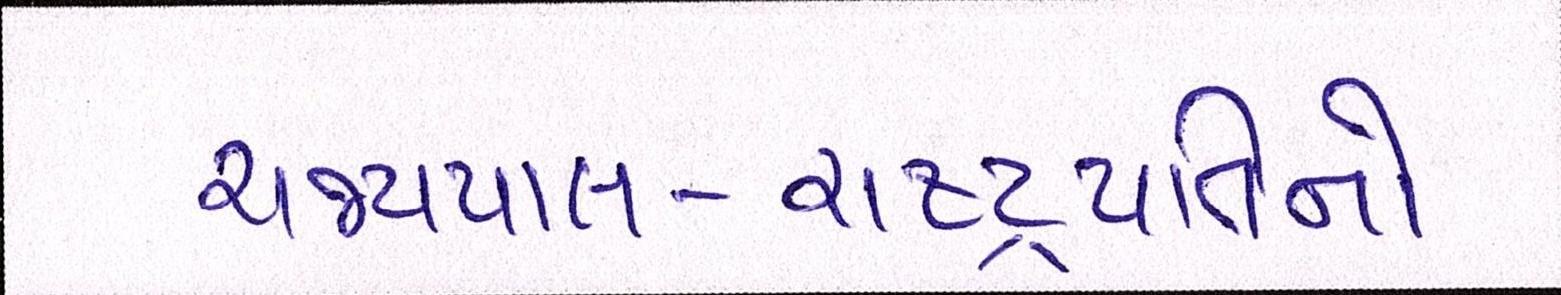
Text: રાજ્યપાલ-રાષ્ટ્રપતિનો